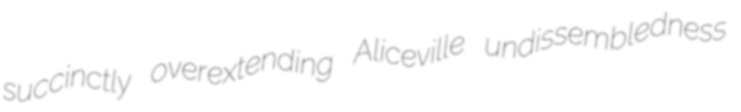
succinctly overextending Aliceville undissembledness